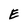
Character: E